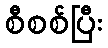
စီစစ်ပြီး